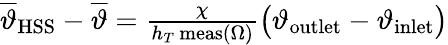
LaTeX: \begin{array}{r}{\overline{{\vartheta}}_{\mathrm{HSS}}-\overline{{\vartheta}}=\frac{\chi}{h_{T}\, \mathrm{meas}(\Omega)}\big(\vartheta_{\mathrm{outlet}}-\vartheta_{\mathrm{inlet}}\big)}\end{array}